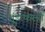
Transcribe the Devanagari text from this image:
गुंडांकरवी